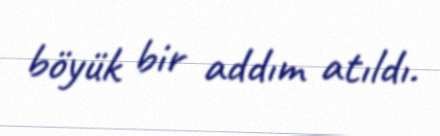
böyük bir addım atıldı.